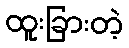
ထူးခြားတဲ့